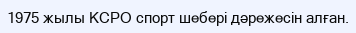
1975 жылы КСРО спорт шебері дәрежесін алған.